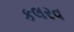
કલરવ